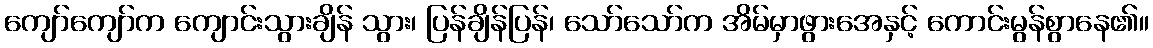
ကျော်ကျော်က ကျောင်းသွားချိန် သွား၊ ပြန်ချိန်ပြန်၊ သော်သော်က အိမ်မှာဖွားအေနှင့် ကောင်းမွန်စွာနေ၏။